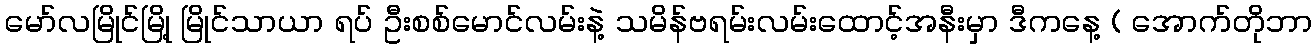
မော်လမြိုင်မြို့ မြိုင်သာယာ ရပ် ဦးစစ်မောင်လမ်းနဲ့ သမိန်ဗရမ်းလမ်းထောင့်အနီးမှာ ဒီကနေ့ ( အောက်တိုဘာ